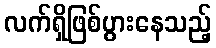
လက်ရှိဖြစ်ပွားနေသည့်